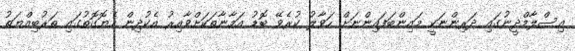
އިސްލާމްދީނުގައި ދަރިންނަކީ މައިންބަފައިންނަށް ހަވާލު ކުރެވޭ ބޮޑު އަމާނާތަކަށްވާއިރު އެކުދިން ހެޔޮގޮތުގައި ތަރުބިއްޔަތު